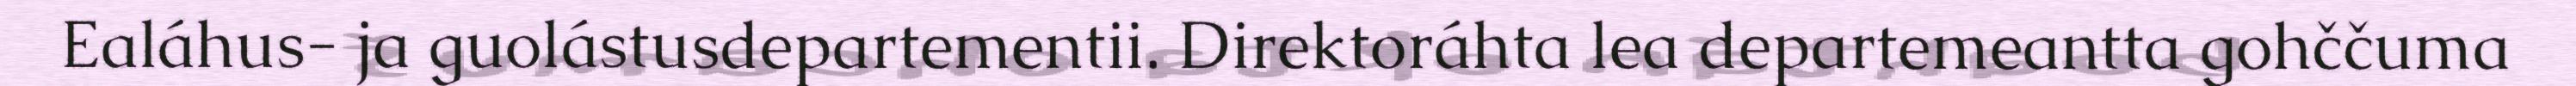
Ealáhus- ja guolástusdepartementii. Direktoráhta lea departemeantta gohččuma